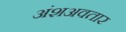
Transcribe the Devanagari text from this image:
अंशअवतार